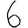
Digit: 6